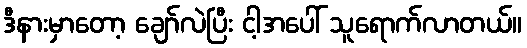
ဒီနားမှာတော့ ချော်လဲပြီး ငါ့အပေါ် သူရောက်လာတယ်။